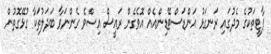
ޕާޓީތަކުގެ މެދުގައި ރަނގަޅު އަންޑަސްޓޭޑިންއެއް އޮވެގެން ރައީސް އިސްވެ ގެންނަވާ ބަދަލުތަކާ ގުޅޭގޮތުން